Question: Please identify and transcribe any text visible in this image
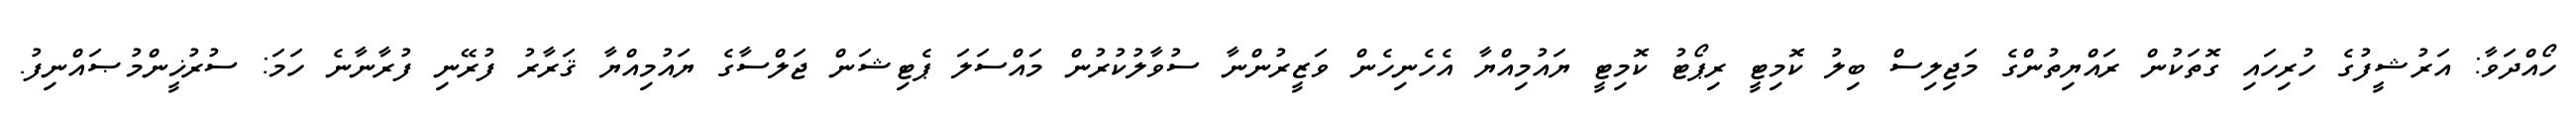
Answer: ހޯއްދަވާ: އަރުޝީފުގެ ހުރިހައި ގޮތަކުން ރައްޔިތުންގެ މަޖިލިސް ބިލު ކޮމިޓީ ރިޕޯޓު ކޮމިޓީ ޔައުމިއްޔާ އެހެނިހެން ވަޒީރުންނާ ސުވާލުކުރުން މައްސަލަ ޕެޓިޝަން ޖަލްސާގެ ޔައުމިއްޔާ ޤަރާރު ފުރޭނި ފުރާނާނެ ހަމަ: ސުރުޚީންމުޞައްނިފު.